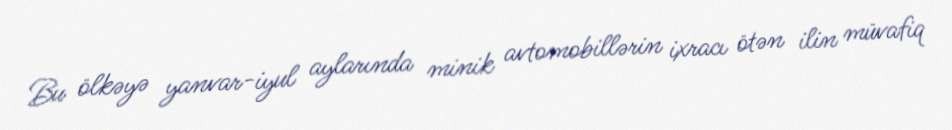
Bu ölkəyə yanvar-iyul aylarında minik avtomobillərin ixracı ötən ilin müvafiq